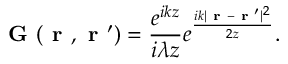
\textbf { G } ( \textbf { r } , \textbf { r } ^ { \prime } ) = \frac { e ^ { i k z } } { i \lambda z } e ^ { \frac { i k \lvert \textbf { r } - \textbf { r } ^ { \prime } \rvert ^ { 2 } } { 2 z } } .